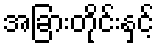
အခြားတိုင်းနှင့်